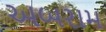
અબરામ